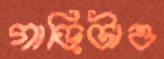
গাড়িটাও